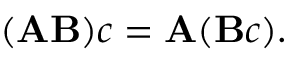
( \mathbf { A } \mathbf { B } ) c = \mathbf { A } ( \mathbf { B } c ) .